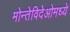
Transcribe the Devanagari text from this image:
मोन्तेविदेओमध्ये